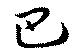
巴